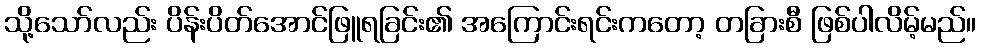
သို့သော်လည်း ပိန်းပိတ်အောင်ဖြူရခြင်း၏ အကြောင်းရင်းကတော့ တခြားစီ ဖြစ်ပါလိမ့်မည်။